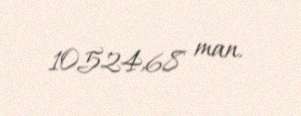
10524,68 man.